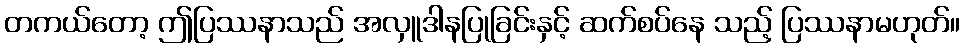
တကယ်တော့ ဤပြဿနာသည် အလှူဒါနပြုခြင်းနှင့် ဆက်စပ်နေ သည့် ပြဿနာမဟုတ်။